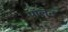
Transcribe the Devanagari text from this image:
पॉलेट